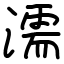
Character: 濡